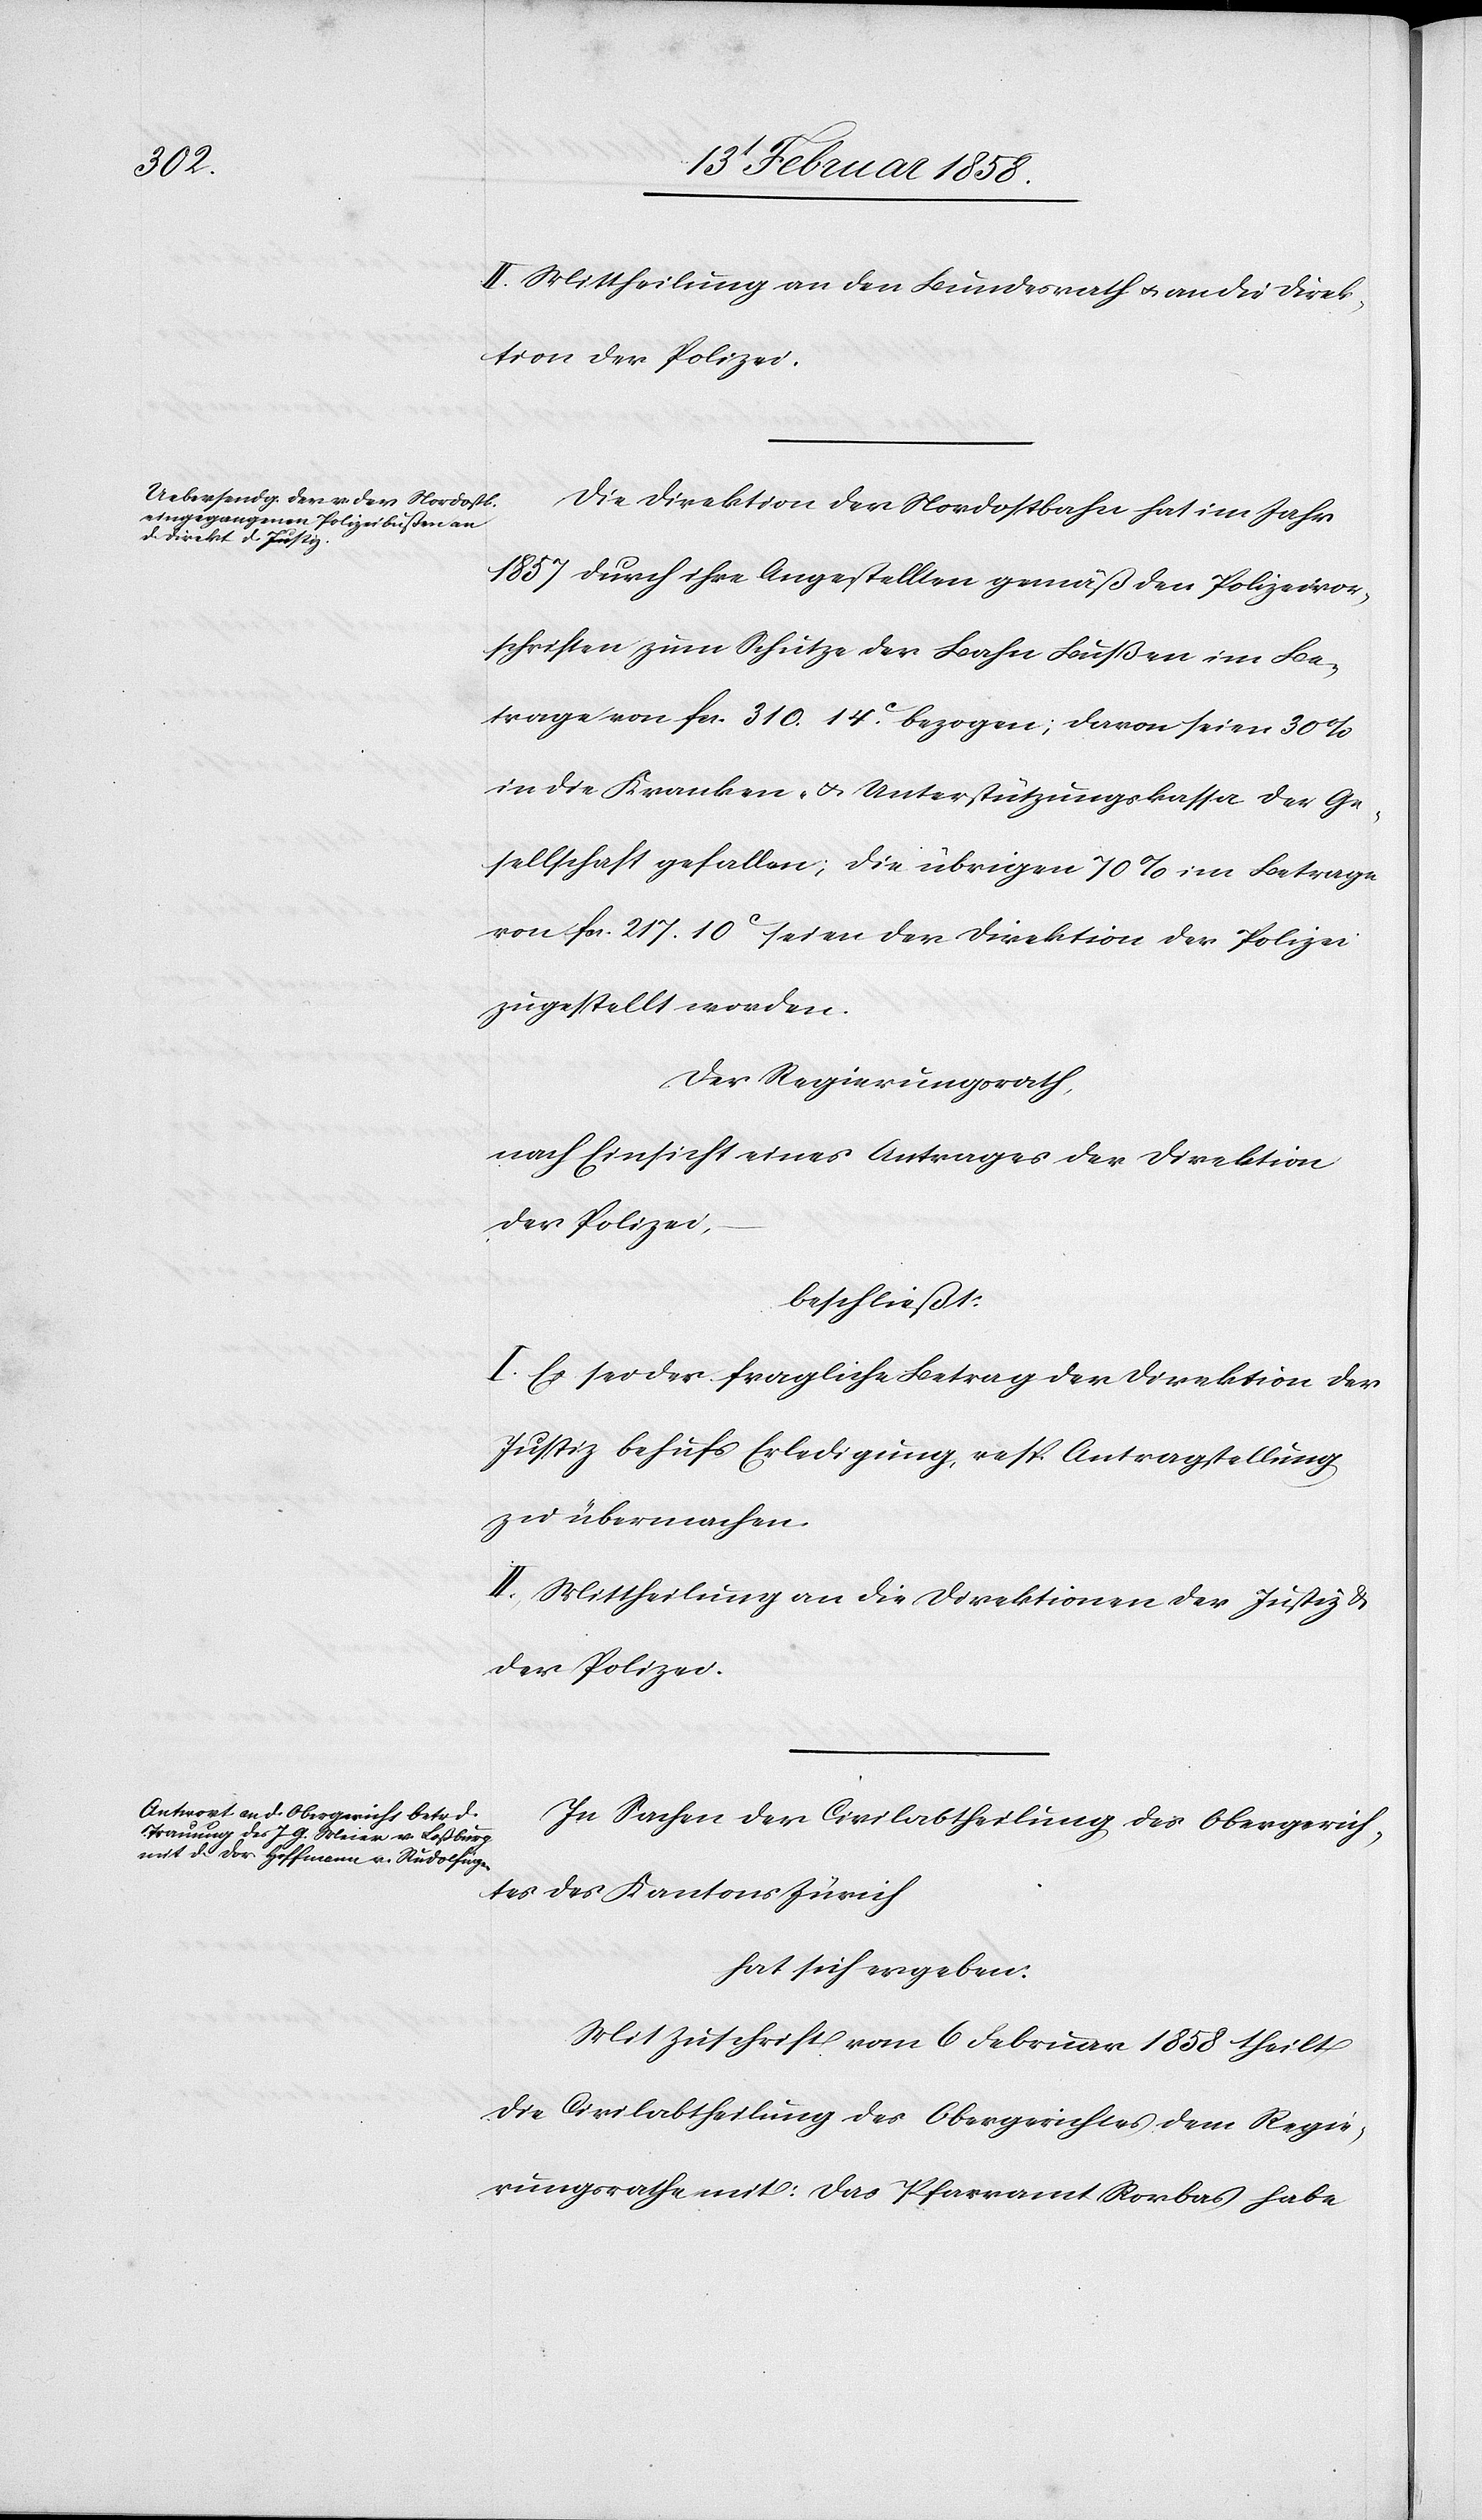
II. Mittheilung an den Bundesrath u. an die Direk¬
tion der Polizei.
Die Direktion der Nordostbahn hat im Jahr
1857 durch ihre Angestellten gemäß den Polizeivor¬
schriften zum Schutze der Bahn Bußen im Be¬
trage von fcs. 310. 14 c bezogen; davon seien 30%
in die Kranken- u. Unterstützungskassa der Ge¬
sellschaft gefallen; die übrigen 70% im Betrage
von fcs. 217. 10 c seien der Direktion der Polizei
zugestellt worden.
Der Regierungsrath,
nach Einsicht eines Antrages der Direktion
der Polizei,
beschließt:
I. Es sei der fragliche Betrag der Direktion der
Justiz behufs Erledigung, resp. Antragstellung
zu übermachen.
II. Mittheilung an die Direktionen der Justiz &
der Polizei.
In Sachen der Civilabthelung des Obergerich¬
tes des Kantons Zürich
hat sich ergeben:
Mit Zuschrift vom 6 Februar 1858 theilt
die Civilabtheilung des Obergerichtes dem Regie¬
rungsrathe mit: Das Pfarramt Rorbas habe